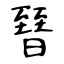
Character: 㬜